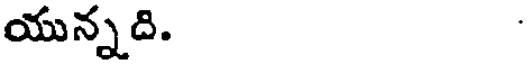
యున్నది.